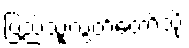
ပြည်သူ့လွှတ်တော်သို့